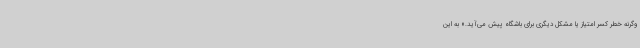
وگرنه خطر کسر امتیاز یا مشکل دیگری برای باشگاه پیش می‌آید.» به این